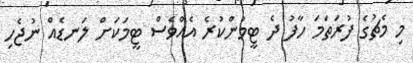
މި މެޗުގެ ފުރަތަމަ ހާފު ދެ ޓީމުންކުރެ އެއްވެސް ޓީމަކަށް ލަނޑެއް ނުޖެހި